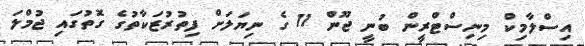
އިސްލާމިކް މިނިސްޓްރީން ބުނީ ޖޫން 11 ގެ ނިޔަލަށް ފިތުރުޒަކާތުގެ ގޮތުގައި ޖުމްލަ